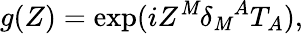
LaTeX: g(Z)=\exp(iZ^{\mathit{M}}\delta_{\mathit{M}}{}^{A}T_{A}),